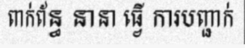
ពាក់ព័ន្ធ នានា ធ្វើ ការបញ្ជាក់